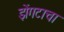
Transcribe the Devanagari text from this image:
झेंगटाचा